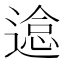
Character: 𰻉